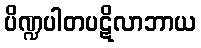
ပိဏ္ဍပါတပဋိလာဘာယ